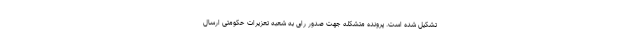
تشکیل شده است. پرونده متشکله جهت صدور رای به شعبه تعزیرات حکومتی ارسال